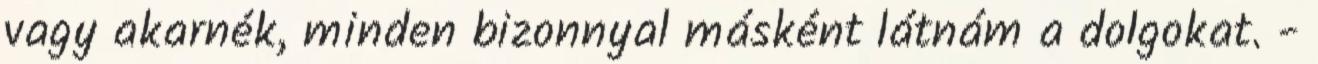
vagy akarnék, minden bizonnyal másként látnám a dolgokat. -